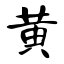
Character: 黄